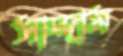
সাদ্দাম